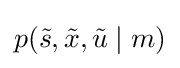
p({\tilde {s}},{\tilde {x}},{\tilde {u}}\mid m)